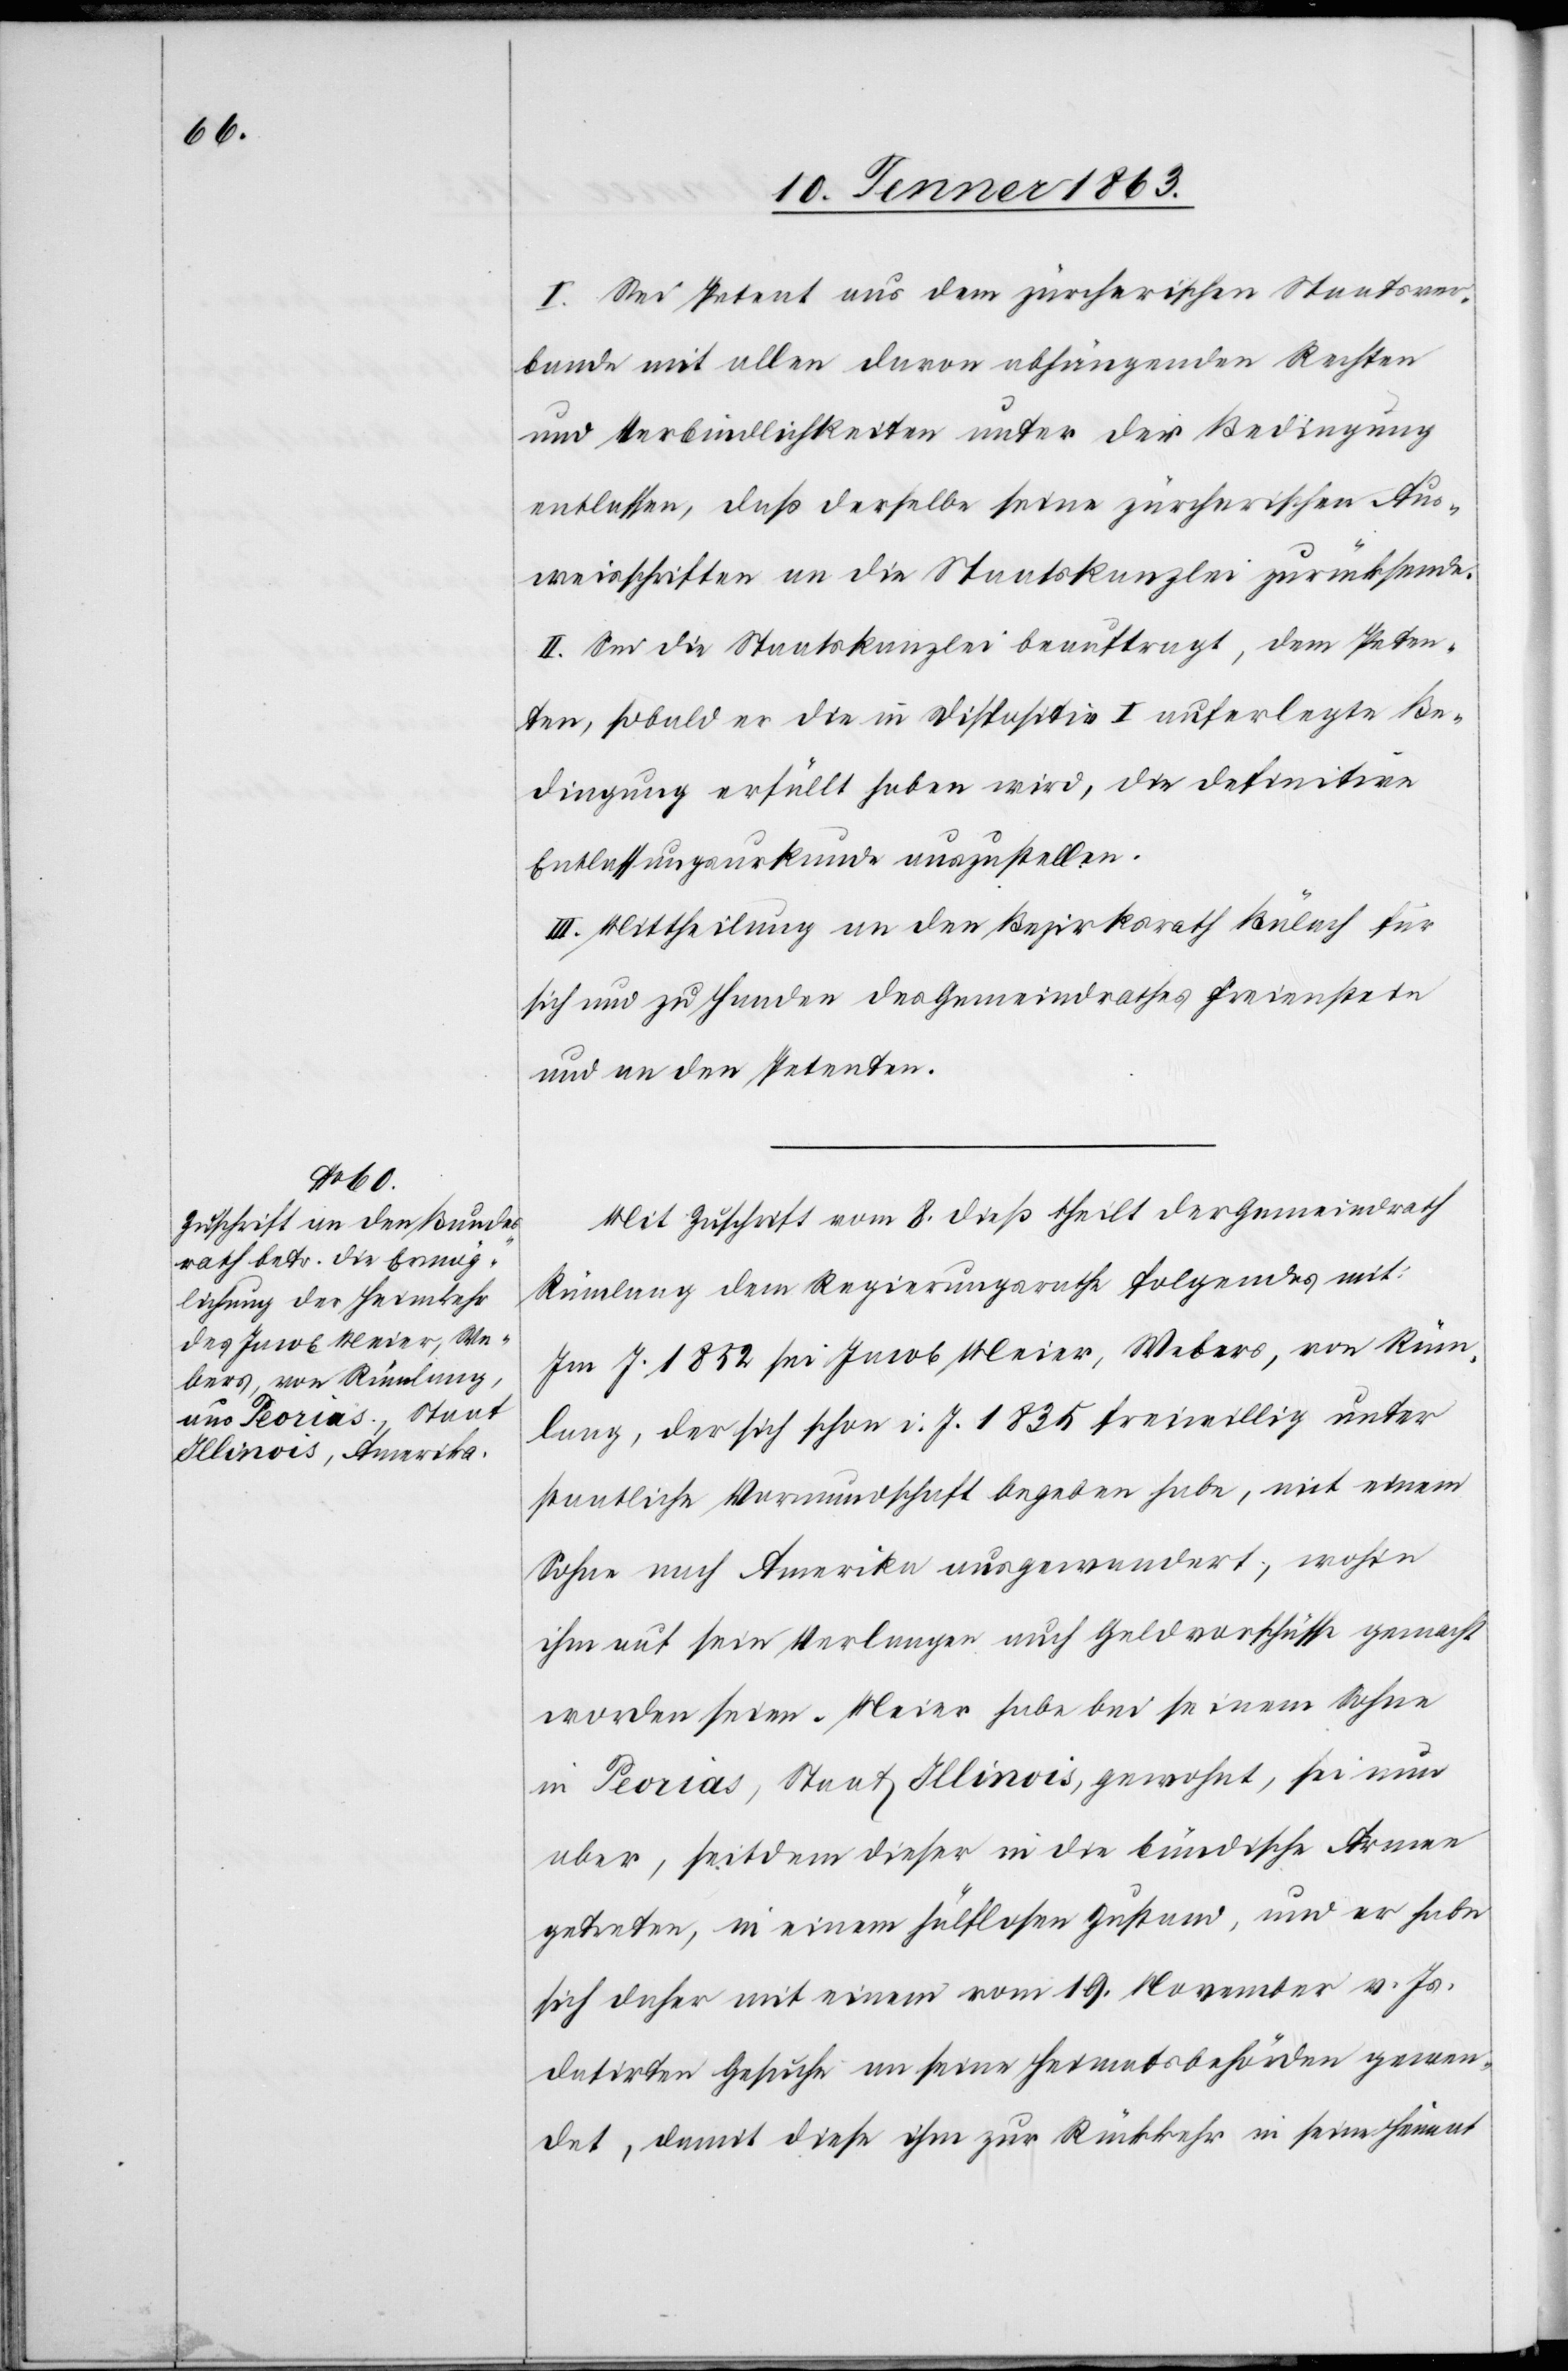
I. Sei Petent aus dem zürcherischen Staatsver¬
bande mit allen davon abhängenden Rechten
und Verbindlichkeiten unter der Bedingung
entlassen, daß derselbe seine zürcherischen Aus¬
weisschriften an die Staatskanzlei zurücksende.
II. Sei die Staatskanzlei beauftragt, dem Peten¬
ten, sobald er die in Dispositiv I auferlegte Be¬
dingung erfüllt haben wird, die definitive
Entlassungsurkunde auszustellen.
III. Mittheilung an den Bezirksrath Bülach für
sich und zu Handen des Gemeindrathes Freienstein
und an den Petenten.
Mit Zuschrift vom 8. dieß theilt der Gemeindrath
Rümlang dem Regierungsrathe folgendes mit:
Im J. 1852 sei Jacob Meier, Webers, von Rüm¬
lang, der sich schon i. J. 1835 freiwillig unter
staatliche Vormundschaft begeben habe, mit einem
Sohne nach Amerika ausgewandert, wohin
ihm auf sein Verlangen auch Geldvorschüsse gemacht
worden seien. Meier habe bei seinem Sohne
in Peorias, Staat Illinois, gewohnt, sei nun
aber, seitdem dieser in die bündische Armee
getreten, in einem hülflosen Zustand, und er habe
sich daher mit einem vom 19. November v. Js.
datirten Gesuche an seine Heimatsbehörden gewen¬
det, damit diese ihm zur Rückkehr in seine Heimat